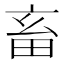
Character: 畜